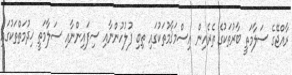
ރާއްޖޭގެ ސަލާމަތީ ބާރުތަކުގެ ތެރެއިން އިސްމަޤާމުތަކުގައި ތިބި ފުލުހުންނާއި ސިފައިންނާއި ސަލާމަތީ ޚިދުމަތްތަކުގައި